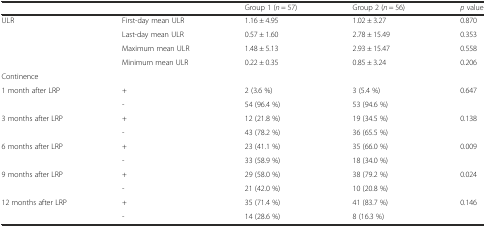
|  |  | Group 1 (n = 57) | Group 2 (n = 56) | p value |
 | --- | --- | --- | --- | --- |
 | ULR | First-day mean ULR | 1.16 ± 4.95 | 1.02 ± 3.27 | 0.870 |
 |  | Last-day mean ULR | 0.57 ± 1.60 | 2.78 ± 15.49 | 0.353 |
 |  | Maximum mean ULR | 1.48 ± 5.13 | 2.93 ± 15.47 | 0.558 |
 |  | Minimum mean ULR | 0.22 ± 0.35 | 0.85 ± 3.24 | 0.206 |
 | Continence |  |  |  |  |
 | 1 month after LRP | + | 2 (3.6 %) | 3 (5.4 %) | 0.647 |
 |  | - | 54 (96.4 %) | 53 (94.6 %) |  |
 | 3 months after LRP | + | 12 (21.8 %) | 19 (34.5 %) | 0.138 |
 |  | - | 43 (78.2 %) | 36 (65.5 %) |  |
 | 6 months after LRP | + | 23 (41.1 %) | 35 (66.0 %) | 0.009 |
 |  | - | 33 (58.9 %) | 18 (34.0 %) |  |
 | 9 months after LRP | + | 29 (58.0 %) | 38 (79.2 %) | 0.024 |
 |  | - | 21 (42.0 %) | 10 (20.8 %) |  |
 | 12 months after LRP | + | 35 (71.4 %) | 41 (83.7 %) | 0.146 |
 |  | - | 14 (28.6 %) | 8 (16.3 %) |  |